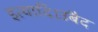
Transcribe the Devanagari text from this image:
इत्यादि।उबैद